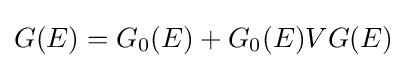
G(E)=G_{0}(E)+G_{0}(E)VG(E)